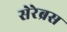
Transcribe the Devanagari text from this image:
सेरेब्रस